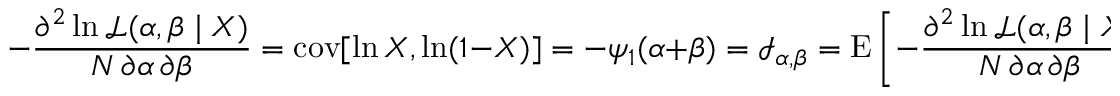
- { \frac { \partial ^ { 2 } \ln { \mathcal { L } } ( \alpha , \beta \mid X ) } { N \, \partial \alpha \, \partial \beta } } = \operatorname { c o v } [ \ln X , \ln ( 1 - X ) ] = - \psi _ { 1 } ( \alpha + \beta ) = { \mathcal { I } } _ { \alpha , \beta } = \operatorname { E } \left[ - { \frac { \partial ^ { 2 } \ln { \mathcal { L } } ( \alpha , \beta \mid X ) } { N \, \partial \alpha \, \partial \beta } } \right] = \ln \operatorname { c o v } _ { G { X , ( 1 - X ) } }